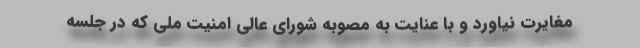
مغایرت نیاورد و با عنایت به مصوبه شورای عالی امنیت ملی که در جلسه